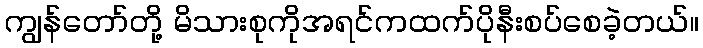
ကျွန်တော်တို့ မိသားစုကိုအရင်ကထက်ပိုနီးစပ်စေခဲ့တယ်။